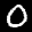
Label: 0